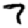
Digit: 7